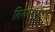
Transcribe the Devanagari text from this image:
तिरुमंदाकुन्नु